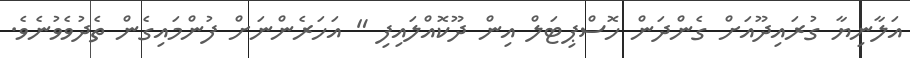
އަލާނިޔާ ގުރައިދޫއަށް ގެންދަން ހޮސްޕިޓަލް އިން ދޫކޮއްލައިފި " އަހަރެންނަށް ފުންމައިގެން ތެދުވެވުނެވެ.